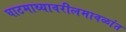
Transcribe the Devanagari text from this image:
घाटमाथ्यावरीलमावळांत